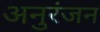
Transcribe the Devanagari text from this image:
अनुरंजन